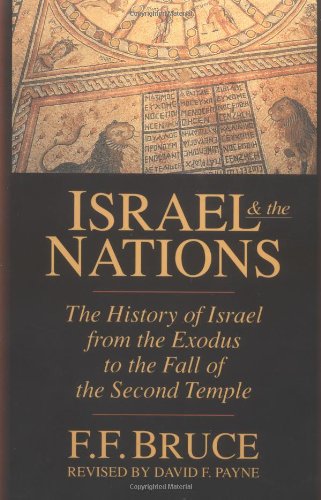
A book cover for Israel  the Nations: The History of Israel from the Exodus to the Fall of the Second Temple; F. F. Bruce; History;